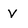
Character: V